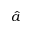
\hat { a }